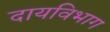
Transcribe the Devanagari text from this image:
दायविभाग